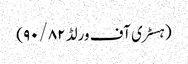
(ہسٹری آف ورلڈ ۹۰/۸۲)